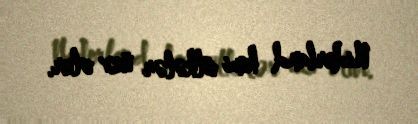
Niderland kimi ölkələr üzv olur.